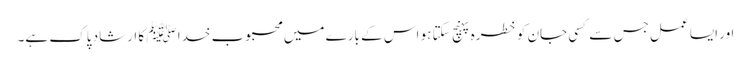
اور ایسا عمل جس سے کسی جان کو خطرہ پہنچ سکتا ہو اس کے بارے میں محبوب خدا ﷺ کا ارشاد پاک ہے۔